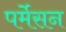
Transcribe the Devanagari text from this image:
पर्मेसन